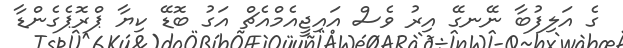
ގެ އަލިފުބާ ނޭނގޭ އިރު ވެސް އައިޖީއެމްއެޗް އަގު ބޮޑޭ ކިޔާ ޕްރޮޕެގެންޑާ